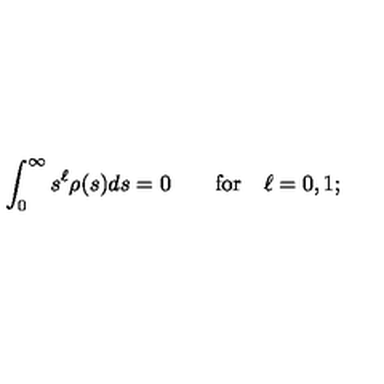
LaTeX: \int _ { 0 } ^ { \infty } s ^ { \ell } \rho ( s ) d s = 0 \qquad \mathrm { f o r } \quad \ell = 0 , 1 ;